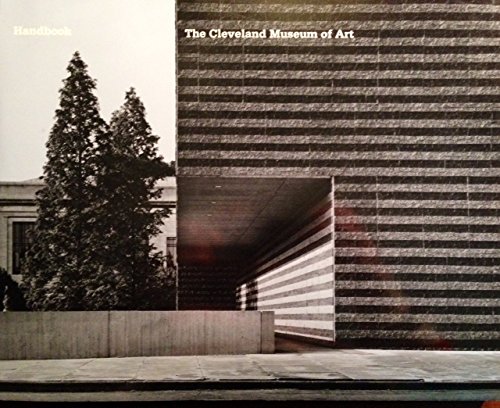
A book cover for Handbook of the Cleveland Museum of Art; Cleveland Museum of Art; Travel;